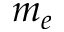
m _ { e }